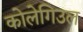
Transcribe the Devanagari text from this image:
कोलेगिउल